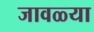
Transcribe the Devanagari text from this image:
जावळ्या